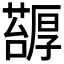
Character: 𠫅